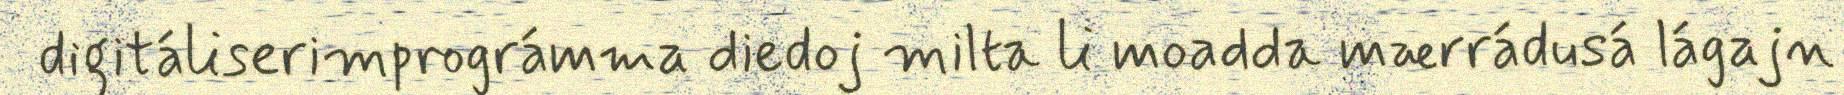
digitáliserimprográmma diedoj milta li moadda mærrádusá lágajn